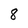
Character: 8